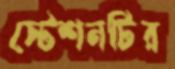
স্টেশনটির